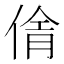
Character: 𪝓